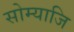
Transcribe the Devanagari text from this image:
सोम्याजि